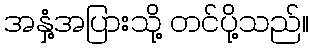
အနှံ့အပြားသို့ တင်ပို့သည်။